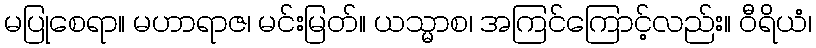
မပြုစေရာ။ မဟာရာဇ၊ မင်းမြတ်။ ယသ္မာစ၊ အကြင်ကြောင့်လည်း။ ဝီရိယံ၊